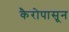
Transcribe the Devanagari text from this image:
कैरोपासून